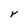
Character: Y